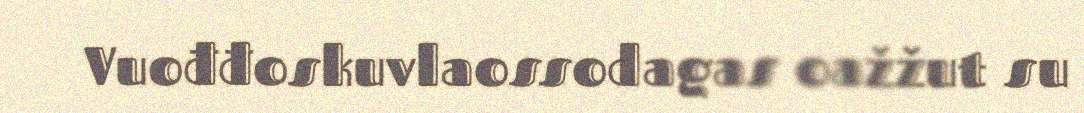
Vuođđoskuvlaossodagas oažžut su